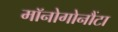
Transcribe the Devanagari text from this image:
मॉनोगोनौंटा